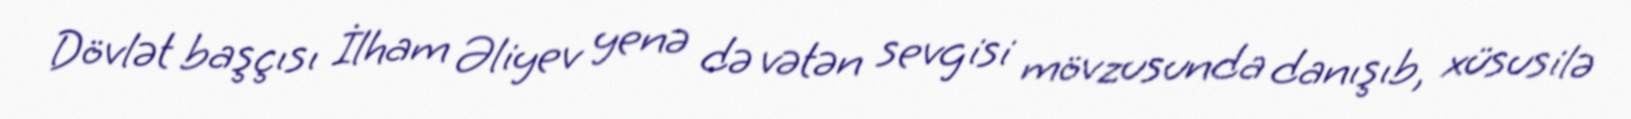
Dövlət başçısı İlham Əliyev yenə də vətən sevgisi mövzusunda danışıb, xüsusilə